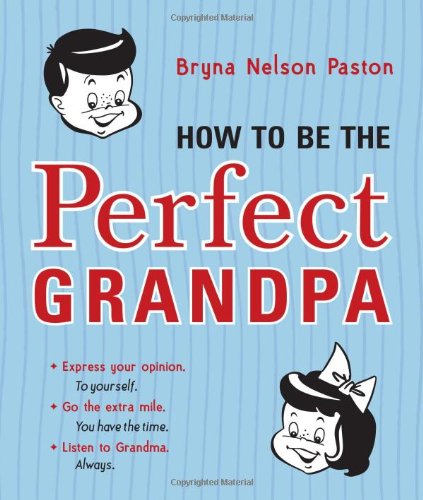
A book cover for How to Be the Perfect Grandpa: Listen to Grandma; Bryna Paston; Parenting & Relationships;